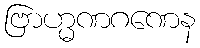
ဗြာဟ္မဏဂဏေန